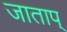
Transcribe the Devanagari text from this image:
जाताप्